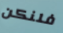
فلنكن